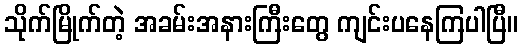
သိုက်မြိုက်တဲ့ အခမ်းအနားကြီးတွေ ကျင်းပနေကြပါပြီ။